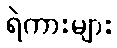
ရဲကားများ